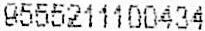
9555211100434